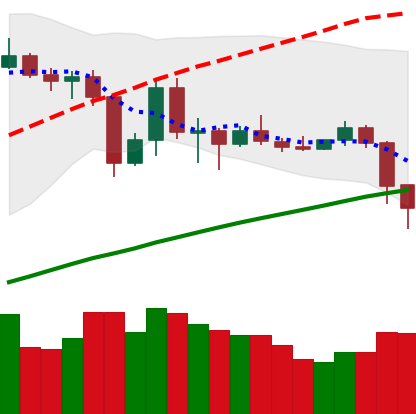
Ticker: LTC-USD
Chart end date: 2019-07-11
Forward return: -22.548%
Label: down_7plus